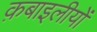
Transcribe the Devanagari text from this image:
क़बाइलीयों